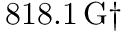
8 1 8 . 1 \, \mathrm { G } \dagger